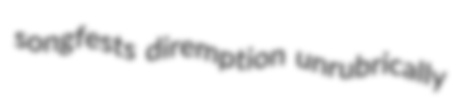
songfests diremption unrubrically